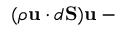
( \rho \mathbf { u } \cdot d \mathbf { S } ) \mathbf { u } - { }